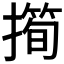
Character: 𢵀